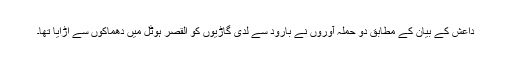
داعش کے بیان کے مطابق دو حملہ آوروں نے بارود سے لدی گاڑیوں کو القصر ہوٹل میں دھماکوں سے اڑایا تھا۔